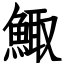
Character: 鯫